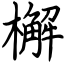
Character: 檞